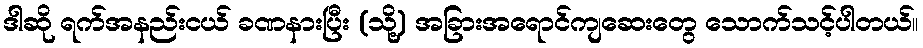
ဒါဆို ရက်အနည်းငယ် ခဏနားပြီး (သို့) အခြားအရောင်ကျဆေးတွေ သောက်သင့်ပါတယ်။